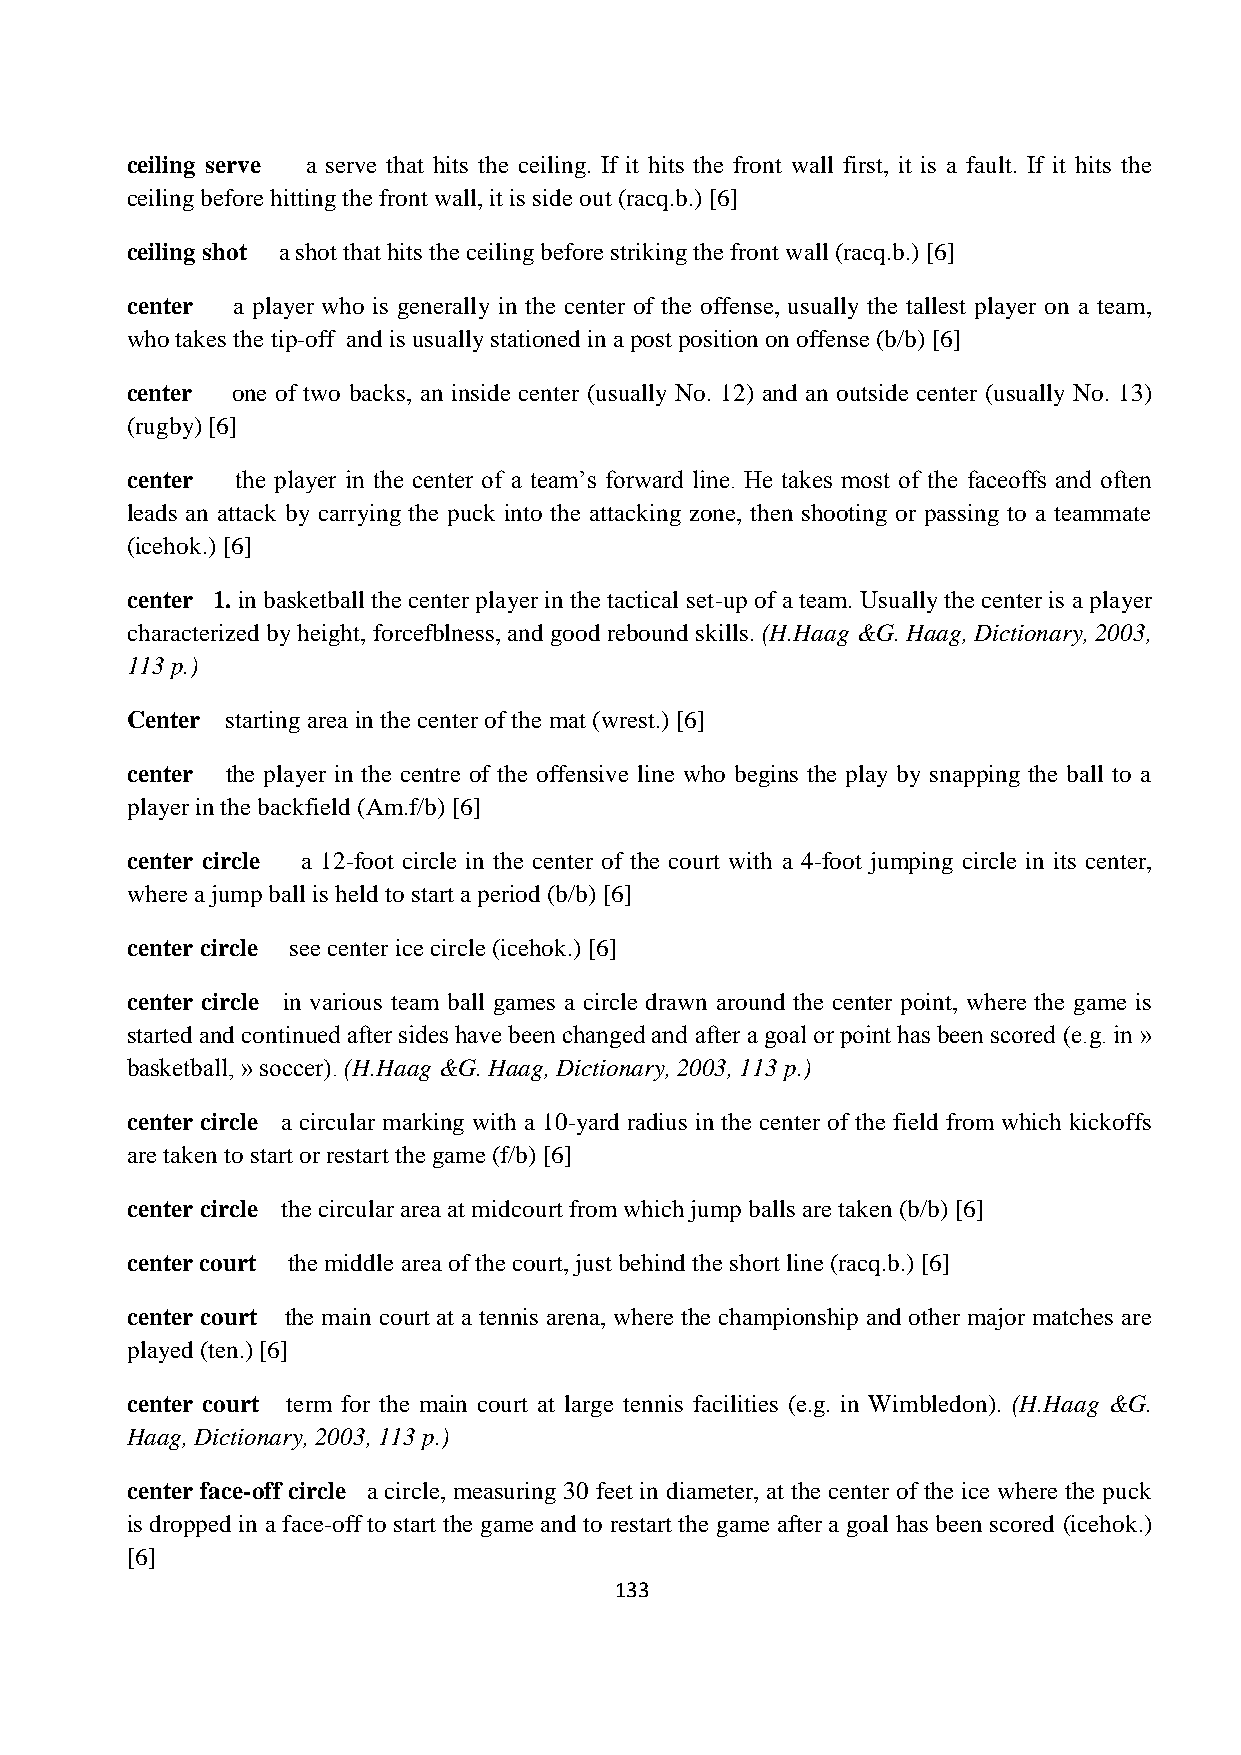
ceiling serve a serve that hits the ceiling. If it hits the front wall first, it is a fault. If it hits the
 ceiling before hitting the front wall, it is side out (racq.b.) [6]
 ceiling shot a shot that hits the ceiling before striking the front wall (racq.b.) [6]
 center a player who is generally in the center of the offense, usually the tallest player on a team,
 who takes the tip-off and is usually stationed in a post position on offense (b/b) [6]
 center one of two backs, an inside center (usually No. 12) and an outside center (usually No. 13)
 (rugby) [6]
 center  the player in the center of a team’s forward line. He takes most of the faceoffs and often
 leads an attack by carrying the puck into the attacking zone, then shooting or passing to a teammate
 (icehok.) [6]
 center 1. in basketball the center player in the tactical set-up of a team. Usually the center is a player
 characterized by height, forcefblness, and good rebound skills. (H.Haag &G. Haag, Dictionary, 2003,
 113 p.)
 Center starting area in the center of the mat (wrest.) [6]
 center the player in the centre of the offensive line who begins the play by snapping the ball to a
 player in the backfield (Am.f/b) [6]
 center circle a 12-foot circle in the center of the court with a 4-foot jumping circle in its center,
 where a jump ball is held to start a period (b/b) [6]
 center circle see center ice circle (icehok.) [6]
 center circle in various team ball games a circle drawn around the center point, where the game is
 started and continued after sides have been changed and after a goal or point has been scored (e.g. in »
 basketball, » soccer). (H.Haag &G. Haag, Dictionary, 2003, 113 p.)
 center circle a circular marking with a 10-yard radius in the center of the field from which kickoffs
 are taken to start or restart the game (f/b) [6]
 center circle the circular area at midcourt from which jump balls are taken (b/b) [6]
 center court the middle area of the court, just behind the short line (racq.b.) [6]
 center court the main court at a tennis arena, where the championship and other major matches are
 played (ten.) [6]
 center court term for the main court at large tennis facilities (e.g. in Wimbledon). (H.Haag &G.
 Haag, Dictionary, 2003, 113 p.)
 center face-off circle a circle, measuring 30 feet in diameter, at the center of the ice where the puck
 is dropped in a face-off to start the game and to restart the game after a goal has been scored (icehok.)
 [6]
 133